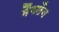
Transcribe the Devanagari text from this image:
मैंगलैन